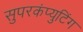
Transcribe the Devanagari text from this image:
सुपरकंप्युटिंग